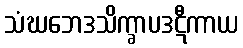
သံဃဘေဒသိက္ခာပဒဋီကာယ